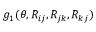
g _ { 1 } ( \theta , R _ { i j } , R _ { j k } , R _ { k j } )